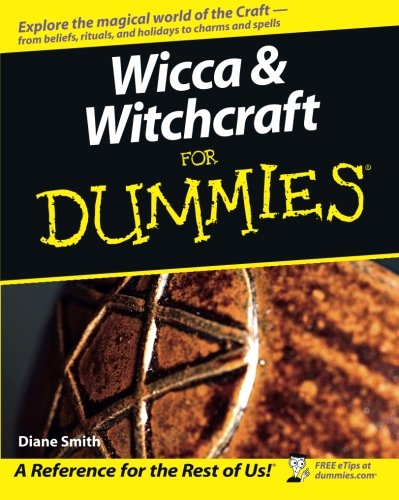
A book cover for Wicca and Witchcraft For Dummies; Diane Smith; Religion & Spirituality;